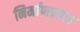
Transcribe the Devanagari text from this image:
निर्माणप्रवाह